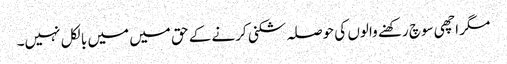
مگر اچھی سوچ رکھنے والوں کی حوصلہ شکنی کرنے کے حق میں میں بالکل نہیں۔